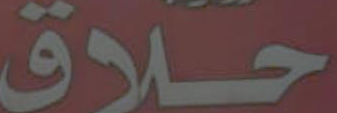
حلاق